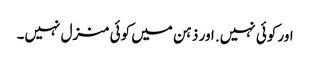
اور کوئی نہیں. اور ذہن میں کوئی منزل نہیں۔